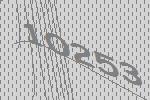
10253